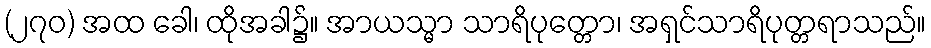
(၂၇၀) အထ ခေါ၊ ထိုအခါ၌။ အာယသ္မာ သာရိပုတ္တော၊ အရှင်သာရိပုတ္တရာသည်။